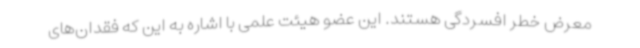
معرض خطر افسردگی هستند. این عضو هیئت علمی با اشاره به این که فقدان‌های